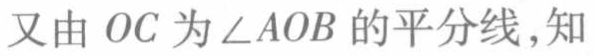
又由 \(OC\) 为 \(\angle AOB\) 的平分线，知